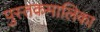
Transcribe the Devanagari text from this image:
पुस्तकमालिका